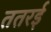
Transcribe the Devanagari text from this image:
ततरई